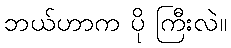
ဘယ်ဟာက ပို ကြီးလဲ။